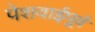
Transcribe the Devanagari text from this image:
पेशवाईपूर्व